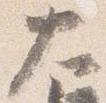
大